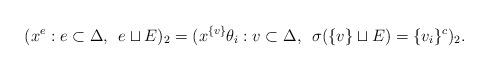
LaTeX: \begin{align*}(x^{e}: e \subset \Delta, \enskip e \sqcup E )_2 = (x^{\{v\}} \theta_{i}: v \subset \Delta, \enskip \sigma(\{v\} \sqcup E) = \{v_i\}^c)_2.\end{align*}